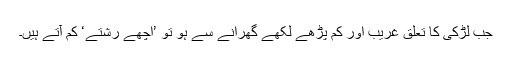
جب لڑکی کا تعلق غریب اور کم پڑھے لکھے گھرانے سے ہو تو ’اچھے رشتے‘ کم آتے ہیں۔